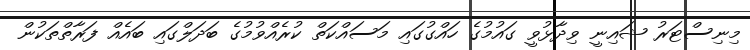
މިނިސްޓަރު ޝައިނީ ވިދާޅުވީ ގައުމުގެ ހައްގުގައި މަސައްކަތް ކުުރެއްވުމުގެ ބަދަލްގައި ބައެއް ފަރާތްތަކުން